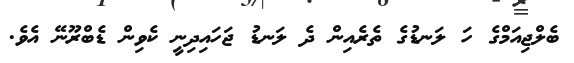
ބެލްޖިއަމްގެ ހަ ލަނޑުގެ ތެރެއިން ދެ ލަނޑު ޖަހައިދިނީ ކެވިން ޑެބްރޫނޭ އެވެ.